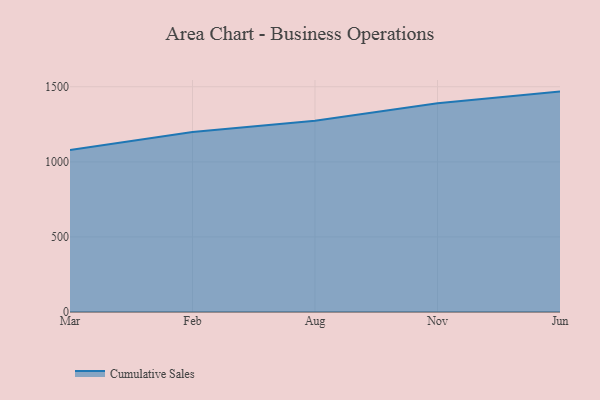
{"axis": {"x": "Month", "y": "Budget (USD K)"}, "legend": ["Cumulative Sales"], "data": [{"x": "Mar", "y": 1078.9, "type": "Cumulative Sales"}, {"x": "Feb", "y": 1198.3, "type": "Cumulative Sales"}, {"x": "Aug", "y": 1273.4, "type": "Cumulative Sales"}, {"x": "Nov", "y": 1390.4, "type": "Cumulative Sales"}, {"x": "Jun", "y": 1467.9, "type": "Cumulative Sales"}]}